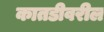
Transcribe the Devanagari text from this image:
कातडीवरील